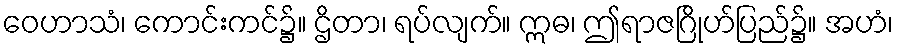
ဝေဟာသံ၊ ကောင်းကင်၌။ ဌိတာ၊ ရပ်လျက်။ ဣဓ၊ ဤရာဇဂြိုဟ်ပြည်၌။ အဟံ၊